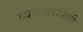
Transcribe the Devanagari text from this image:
व्यवहारांपैकी